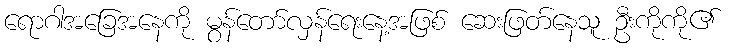
ရောဂါအခြေအနေကို မွန်တော်လှန်ရေးနေ့အဖြစ် ဆေးဖြတ်နေသူ ဦးကိုကို၏